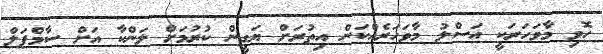
ހޮވި މާވަހަރަކީ އަސްލު މާވަހަރެއްކަން އިތުރަށް ޔަގީން ކުރުމަށް ލަންކާ އަށް ސާމްޕަލް